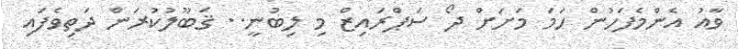
ވާއު އެންމެފަހުން ހަމަ މަށަށް ދޯ ސަޕްރައިޒް މި ލިބުނީ.. ޤަބޫލުކުރަން ދަތިވެފައި